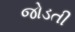
જોડતી